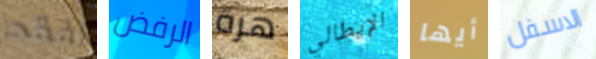
افقد الرفض هرة الإيطالي أيها الاسفل